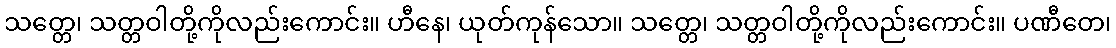
သတ္တေ၊ သတ္တဝါတို့ကိုလည်းကောင်း။ ဟီနေ၊ ယုတ်ကုန်သော။ သတ္တေ၊ သတ္တဝါတို့ကိုလည်းကောင်း။ ပဏီတေ၊